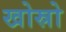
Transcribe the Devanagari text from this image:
खोस्रो